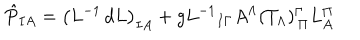
\hat { P } _ { I A } = { \left( L ^ { - 1 } \, d L \right) } _ { I A } + g { L ^ { - 1 } } _ { I \Gamma } A ^ { \Lambda } ( T _ { \Lambda } ) _ { \, \Pi } ^ { \Gamma } L _ { A } ^ { \Pi }